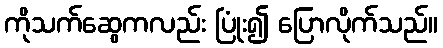
ကိုသက်ဆွေကလည်း ပြုံး၍ ပြောလိုက်သည်။